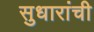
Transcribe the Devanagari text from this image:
सुधारांची